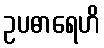
ဥပဓာရေဟိ